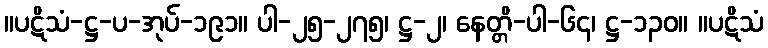
။ပဋိသံ-ဋ္ဌ-ပ-အုပ်-၁၉၁။ ပါ-၂၅-၂၇၅၊ ဋ္ဌ-၂၊ နေတ္တိ-ပါ-၆၄၊ ဋ္ဌ-၁၃၀။ ။ပဋိသံ